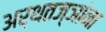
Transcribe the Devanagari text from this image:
अर्थतज्ञांना